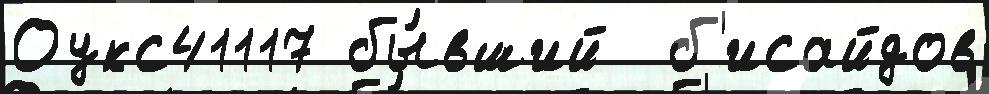
Оукс41117 бы́вший  б'исайдов